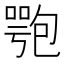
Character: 𠤁